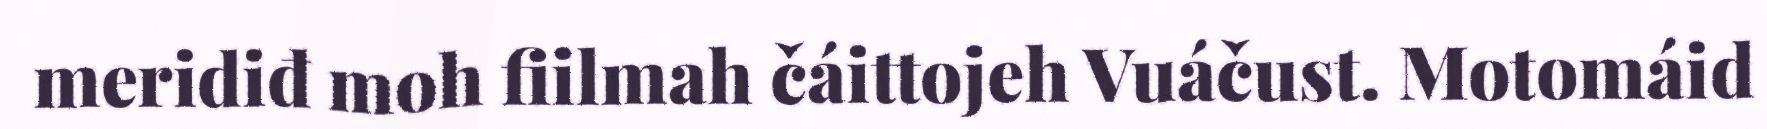
meridiđ moh fiilmah čáittojeh Vuáčust. Motomáid